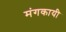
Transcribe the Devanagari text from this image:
मंगकायी